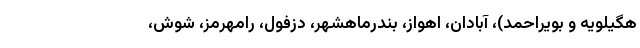
هگیلویه و بویراحمد)، آبادان، اهواز، بندرماهشهر، دزفول، رامهرمز، شوش،